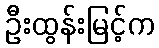
ဦးထွန်းမြင့်က